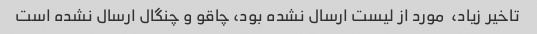
تاخیر زیاد،  مورد از لیست ارسال نشده بود، چاقو و چنگال ارسال نشده است